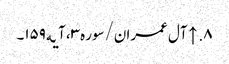
۸. ↑ آل عمران/سوره۳، آیه۱۵۹۔